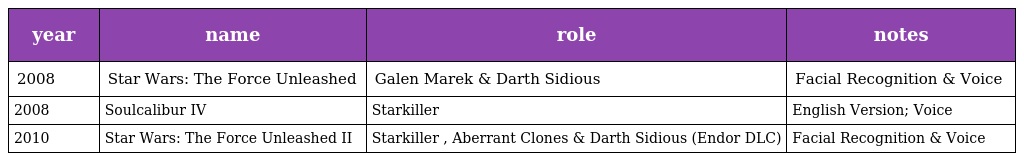
| year | name | role | notes |
 | --- | --- | --- | --- |
 | 2008 | Star Wars: The Force Unleashed | Galen Marek & Darth Sidious | Facial Recognition & Voice |
 | 2008 | Soulcalibur IV | Starkiller | English Version; Voice |
 | 2010 | Star Wars: The Force Unleashed II | Starkiller , Aberrant Clones & Darth Sidious (Endor DLC) | Facial Recognition & Voice |